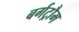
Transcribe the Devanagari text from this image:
बर्गट्रौम